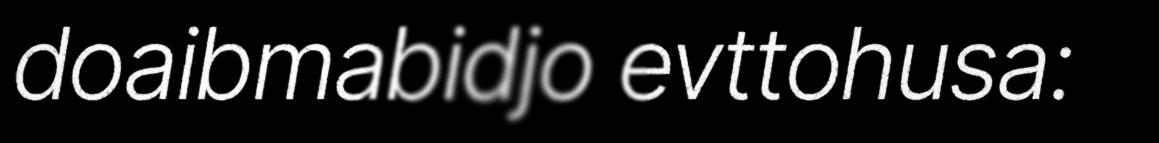
doaibmabidjo evttohusa: